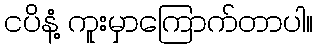
ငပိနံ့ ကူးမှာကြောက်တာပါ။